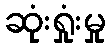
ဆုံးရှုံးမှု